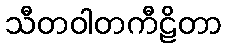
သီတဝါတကီဠိတာ